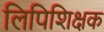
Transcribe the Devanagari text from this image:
लिपिशिक्षक